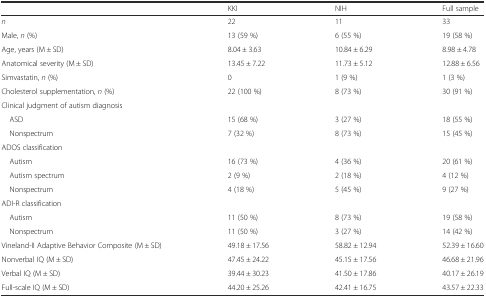
<table><thead><tr><td></td><td><b>KKI</b></td><td><b>NIH</b></td><td><b>Full sample</b></td></tr></thead><tbody><tr><td><i>n</i></td><td>22</td><td>11</td><td>33</td></tr><tr><td>Male, <i>n</i> (%)</td><td>13 (59 %)</td><td>6 (55 %)</td><td>19 (58 %)</td></tr><tr><td>Age, years (M ± SD)</td><td>8.04 ± 3.63</td><td>10.84 ± 6.29</td><td>8.98 ± 4.78</td></tr><tr><td>Anatomical severity (M ± SD)</td><td>13.45 ± 7.22</td><td>11.73 ± 5.12</td><td>12.88 ± 6.56</td></tr><tr><td>Simvastatin, <i>n</i> (%)</td><td>0</td><td>1 (9 %)</td><td>1 (3 %)</td></tr><tr><td>Cholesterol supplementation, <i>n</i> (%)</td><td>22 (100 %)</td><td>8 (73 %)</td><td>30 (91 %)</td></tr><tr><td colspan="4">Clinical judgment of autism diagnosis</td></tr><tr><td> ASD</td><td>15 (68 %)</td><td>3 (27 %)</td><td>18 (55 %)</td></tr><tr><td> Nonspectrum</td><td>7 (32 %)</td><td>8 (73 %)</td><td>15 (45 %)</td></tr><tr><td colspan="4">ADOS classification</td></tr><tr><td> Autism</td><td>16 (73 %)</td><td>4 (36 %)</td><td>20 (61 %)</td></tr><tr><td> Autism spectrum</td><td>2 (9 %)</td><td>2 (18 %)</td><td>4 (12 %)</td></tr><tr><td> Nonspectrum</td><td>4 (18 %)</td><td>5 (45 %)</td><td>9 (27 %)</td></tr><tr><td colspan="4">ADI-R classification</td></tr><tr><td> Autism</td><td>11 (50 %)</td><td>8 (73 %)</td><td>19 (58 %)</td></tr><tr><td> Nonspectrum</td><td>11 (50 %)</td><td>3 (27 %)</td><td>14 (42 %)</td></tr><tr><td>Vineland-II Adaptive Behavior Composite (M ± SD)</td><td>49.18 ± 17.56</td><td>58.82 ± 12.94</td><td>52.39 ± 16.60</td></tr><tr><td>Nonverbal IQ (M ± SD)</td><td>47.45 ± 24.22</td><td>45.15 ± 17.56</td><td>46.68 ± 21.96</td></tr><tr><td>Verbal IQ (M ± SD)</td><td>39.44 ± 30.23</td><td>41.50 ± 17.86</td><td>40.17 ± 26.19</td></tr><tr><td>Full-scale IQ (M ± SD)</td><td>44.20 ± 25.26</td><td>42.41 ± 16.75</td><td>43.57 ± 22.33</td></tr></tbody></table>